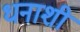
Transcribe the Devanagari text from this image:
धनाशी